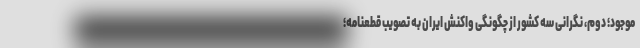
موجود؛ دوم، نگرانی سه کشور از چگونگی واکنش ایران به تصویب قطعنامه؛